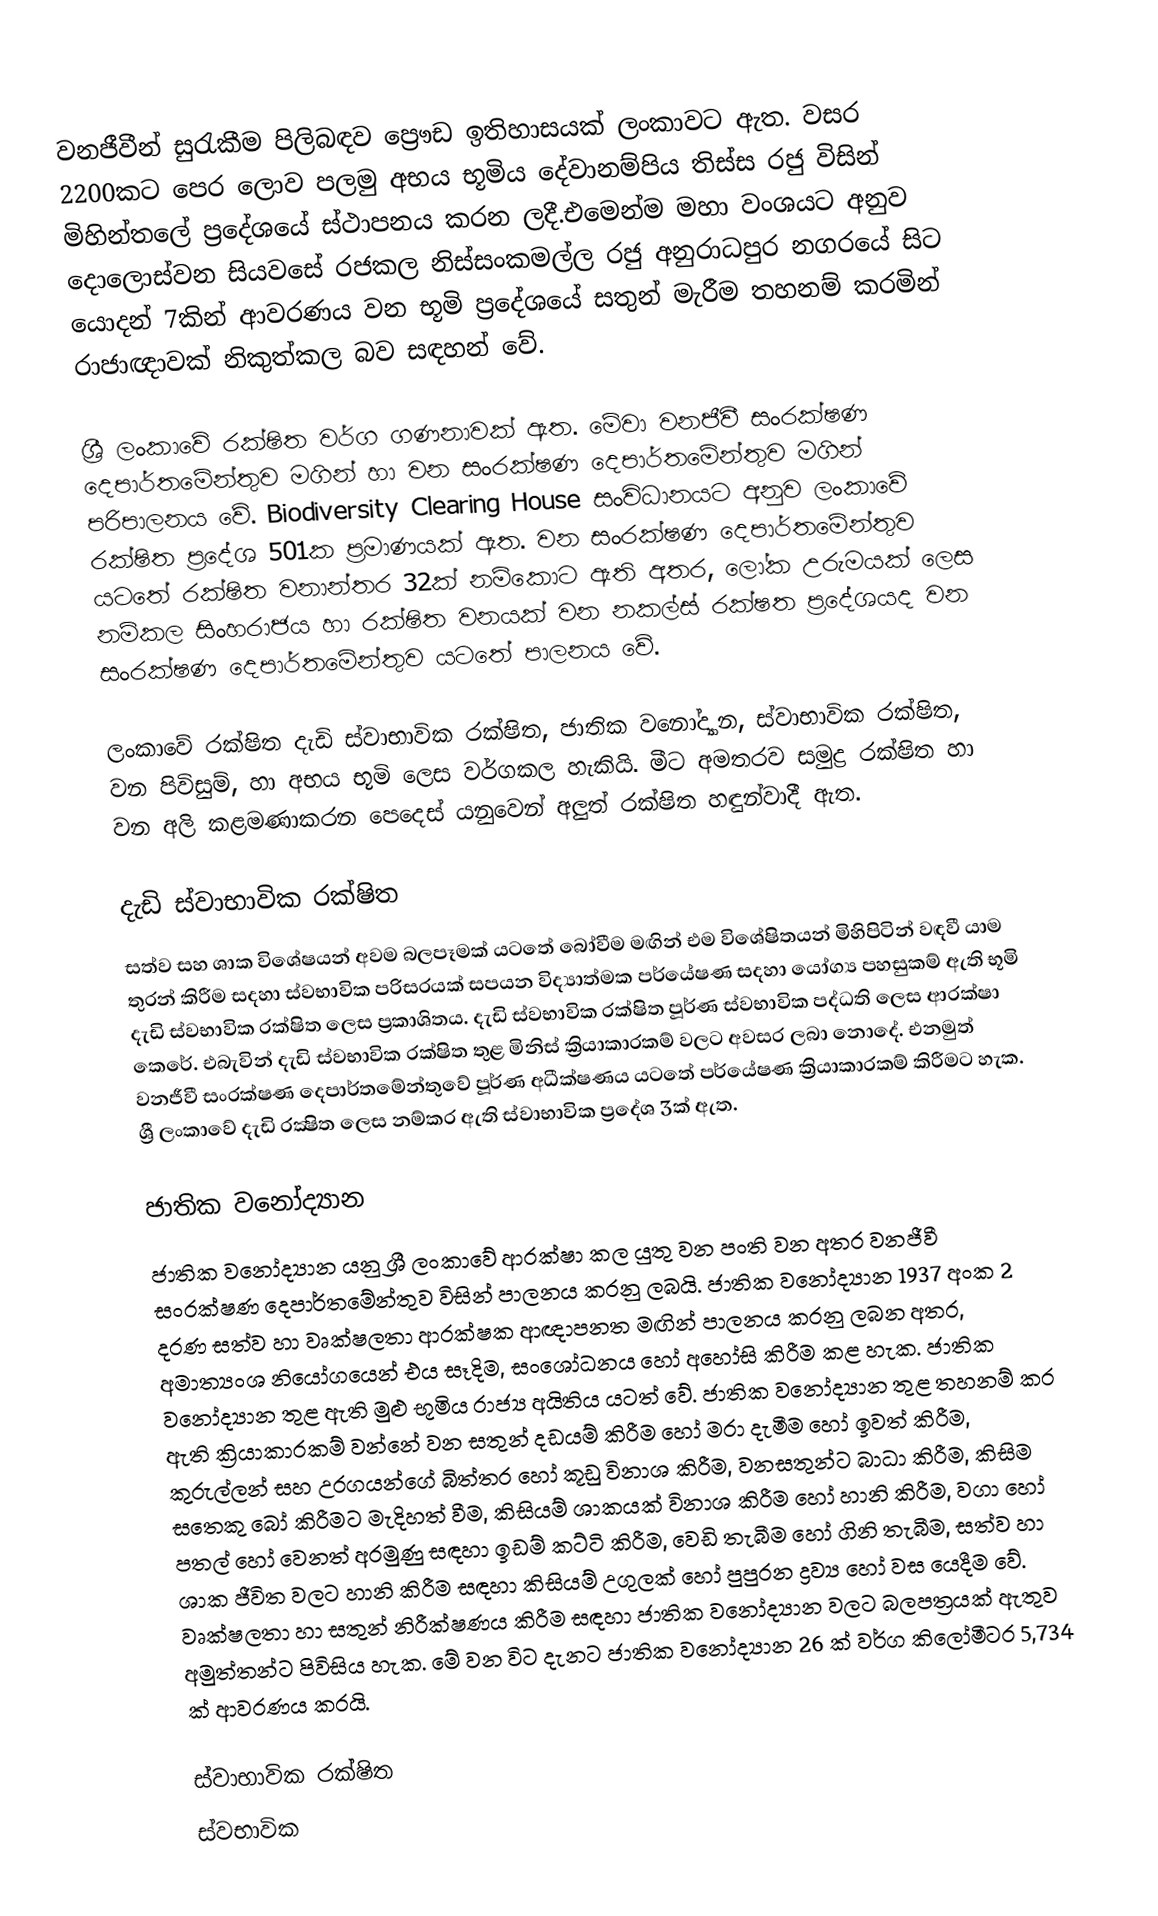
වනජීවීන් සුරැකීම පිලිබඳව ප්‍රෞඩ ඉතිහාසයක් ලංකාවට ඇත. වසර 2200කට පෙර ලොව පලමු අභය භූමිය දේවානම්පිය තිස්ස  රජු විසින් මිහින්තලේ ප්‍රදේශයේ ස්ථාපනය කරන ලදී.එමෙන්ම මහා වංශයට අනුව දොලොස්වන සියවසේ රජකල නිස්සංකමල්ල රජු අනුරාධපුර නගරයේ සිට යොදන් 7කින් ආවරණය වන භූමි ප්‍රදේශයේ සතුන් මැරීම තහනම් කරමින් රාජාඥාවක් නිකුත්කල බව සඳහන් වේ.

ශ්‍රී ලංකාවේ රක්ෂිත වර්ග ගණනාවක් ඇත. මේවා වනජීවී සංරක්ෂණ දෙපාර්තමේන්තුව මගින් හා වන සංරක්ෂණ දෙපාර්තමේන්තුව මගින් පරිපාලනය වේ. Biodiversity Clearing House සංවිධානයට අනුව ලංකාවේ රක්ෂිත ප්‍රදේශ 501ක ප්‍රමාණයක් ඇත. වන සංරක්ෂණ දෙපාර්තමේන්තුව යටතේ රක්ෂිත වනාන්තර 32ක් නම්කොට ඇති අතර, ලෝක උරුමයක් ලෙස නම්කල සිංහරාජය හා රක්ෂිත වනයක් වන නකල්ස් රක්ෂත ප්‍රදේශයද වන සංරක්ෂණ දෙපාර්තමේන්තුව යටතේ පාලනය වේ.

ලංකාවේ රක්ෂිත දැඩි ස්වාභාවික රක්ෂිත, ජාතික වනෝද්‍යාන, ස්වාභාවික රක්ෂිත, වන පිවිසුම්, හා අභය භූමි ලෙස වර්ගකල හැකියි. මීට අමතරව සමුද්‍ර රක්ෂිත හා වන අලි කළමණාකරන පෙදෙස් යනුවෙන් අලුත් රක්ෂිත හඳුන්වාදී ඇත.

දැඩි ස්වාභාවික රක්ෂිත
සත්ව සහ ශාක විශේෂයන් අවම බලපෑමක් යටතේ බෝවීම මඟින් එම විශේෂිතයන් මිහිපිටින් වඳවී යාම තුරන් කිරීම සදහා ස්වභාවික පරිසරයක් සපයන විද්‍යාත්මක පර්යේෂණ සදහා යෝග්‍ය පහසුකම් ඇති භූමි දැඩි ස්වභාවික රක්ෂිත ලෙස ප්‍රකාශිතය. දැඩි ස්වභාවික රක්ෂිත පූර්ණ ස්වභාවික පද්ධති ලෙස ආරක්ෂා කෙරේ. එබැවින් දැඩි ස්වභාවික රක්ෂිත තුළ මිනිස් ක්‍රියාකාරකම් වලට අවසර ලබා නොදේ. එනමුත් වනජීවී සංරක්ෂණ දෙපාර්තමේන්තුවේ පූර්ණ අධීක්ෂණය යටතේ පර්යේෂණ ක්‍රියාකාරකම් කිරීමට හැක. ශ්‍රී ලංකාවේ දැඩි රක්‍ෂිත ලෙස නම්කර ඇති ස්වාභාවික ප්‍රදේශ 3ක් ඇත.

ජාතික වනෝද්‍යාන
ජාතික වනෝද්‍යාන යනු ශ්‍රී ලංකාවේ ආරක්ෂා කල යුතු වන පංති වන අතර වනජීවී සංරක්ෂණ දෙපාර්තමේන්තුව විසින් පාලනය කරනු ලබයි. ජාතික වනෝද්‍යාන 1937 අංක 2 දරණ සත්ව හා වෘක්ෂලතා ආරක්ෂක ආඥාපනත මඟින් පාලනය කරනු ලබන අතර, අමාත්‍යංශ නියෝගයෙන් එය සෑදිම, සංශෝධනය හෝ අහෝසි කිරීම කළ හැක. ජාතික වනෝද්‍යාන තුළ ඇති මුළු භූමිය රාජ්‍ය අයිතිය යටත් වේ. ජාතික වනෝද්‍යාන තුළ තහනම් කර ඇති ක්‍රියාකාරකම් වන්නේ වන සතුන් දඩයම් කිරීම හෝ මරා දැමීම හෝ ඉවත් කිරීම, කුරුල්ලන් සහ උරගයන්ගේ බිත්තර හෝ කූඩු විනාශ කිරීම, වනසතුන්ට බාධා කිරීම, කිසිම සතෙකු බෝ කිරීමට මැදිහත් වීම, කිසියම් ශාකයක් විනාශ කිරීම හෝ හානි කිරීම, වගා හෝ පතල් හෝ වෙනත් අරමුණු සඳහා ඉඩම් කට්ටි කිරීම, වෙඩි තැබීම හෝ ගිනි තැබීම, සත්ව හා ශාක ජීවිත වලට හානි කිරීම සඳහා කිසියම් උගුලක් හෝ පුපුරන ද්‍රව්‍ය හෝ වස යෙදීම වේ. වෘක්ෂලතා හා සතුන් නිරීක්ෂණය කිරීම සඳහා ජාතික වනෝද්‍යාන වලට බලපත්‍රයක් ඇතුව අමුත්තන්ට පිවිසිය හැක. මේ වන විට දැනට ජාතික වනෝද්‍යාන 26 ක් වර්ග කිලෝමීටර 5,734 ක් ආවරණය කරයි.

ස්වාභාවික රක්ෂිත
ස්වභාවික